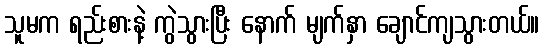
သူမက ရည်းစားနဲ့ ကွဲသွားပြီး နောက် မျက်နှာ ချောင်ကျသွားတယ်။